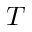
T